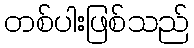
တစ်ပါးဖြစ်သည်